DOW-UAP-D49, Launch Summary, Vandenberg AFB, 2000
Agency: Department of War
Incident date: 2/3/00
Page 54
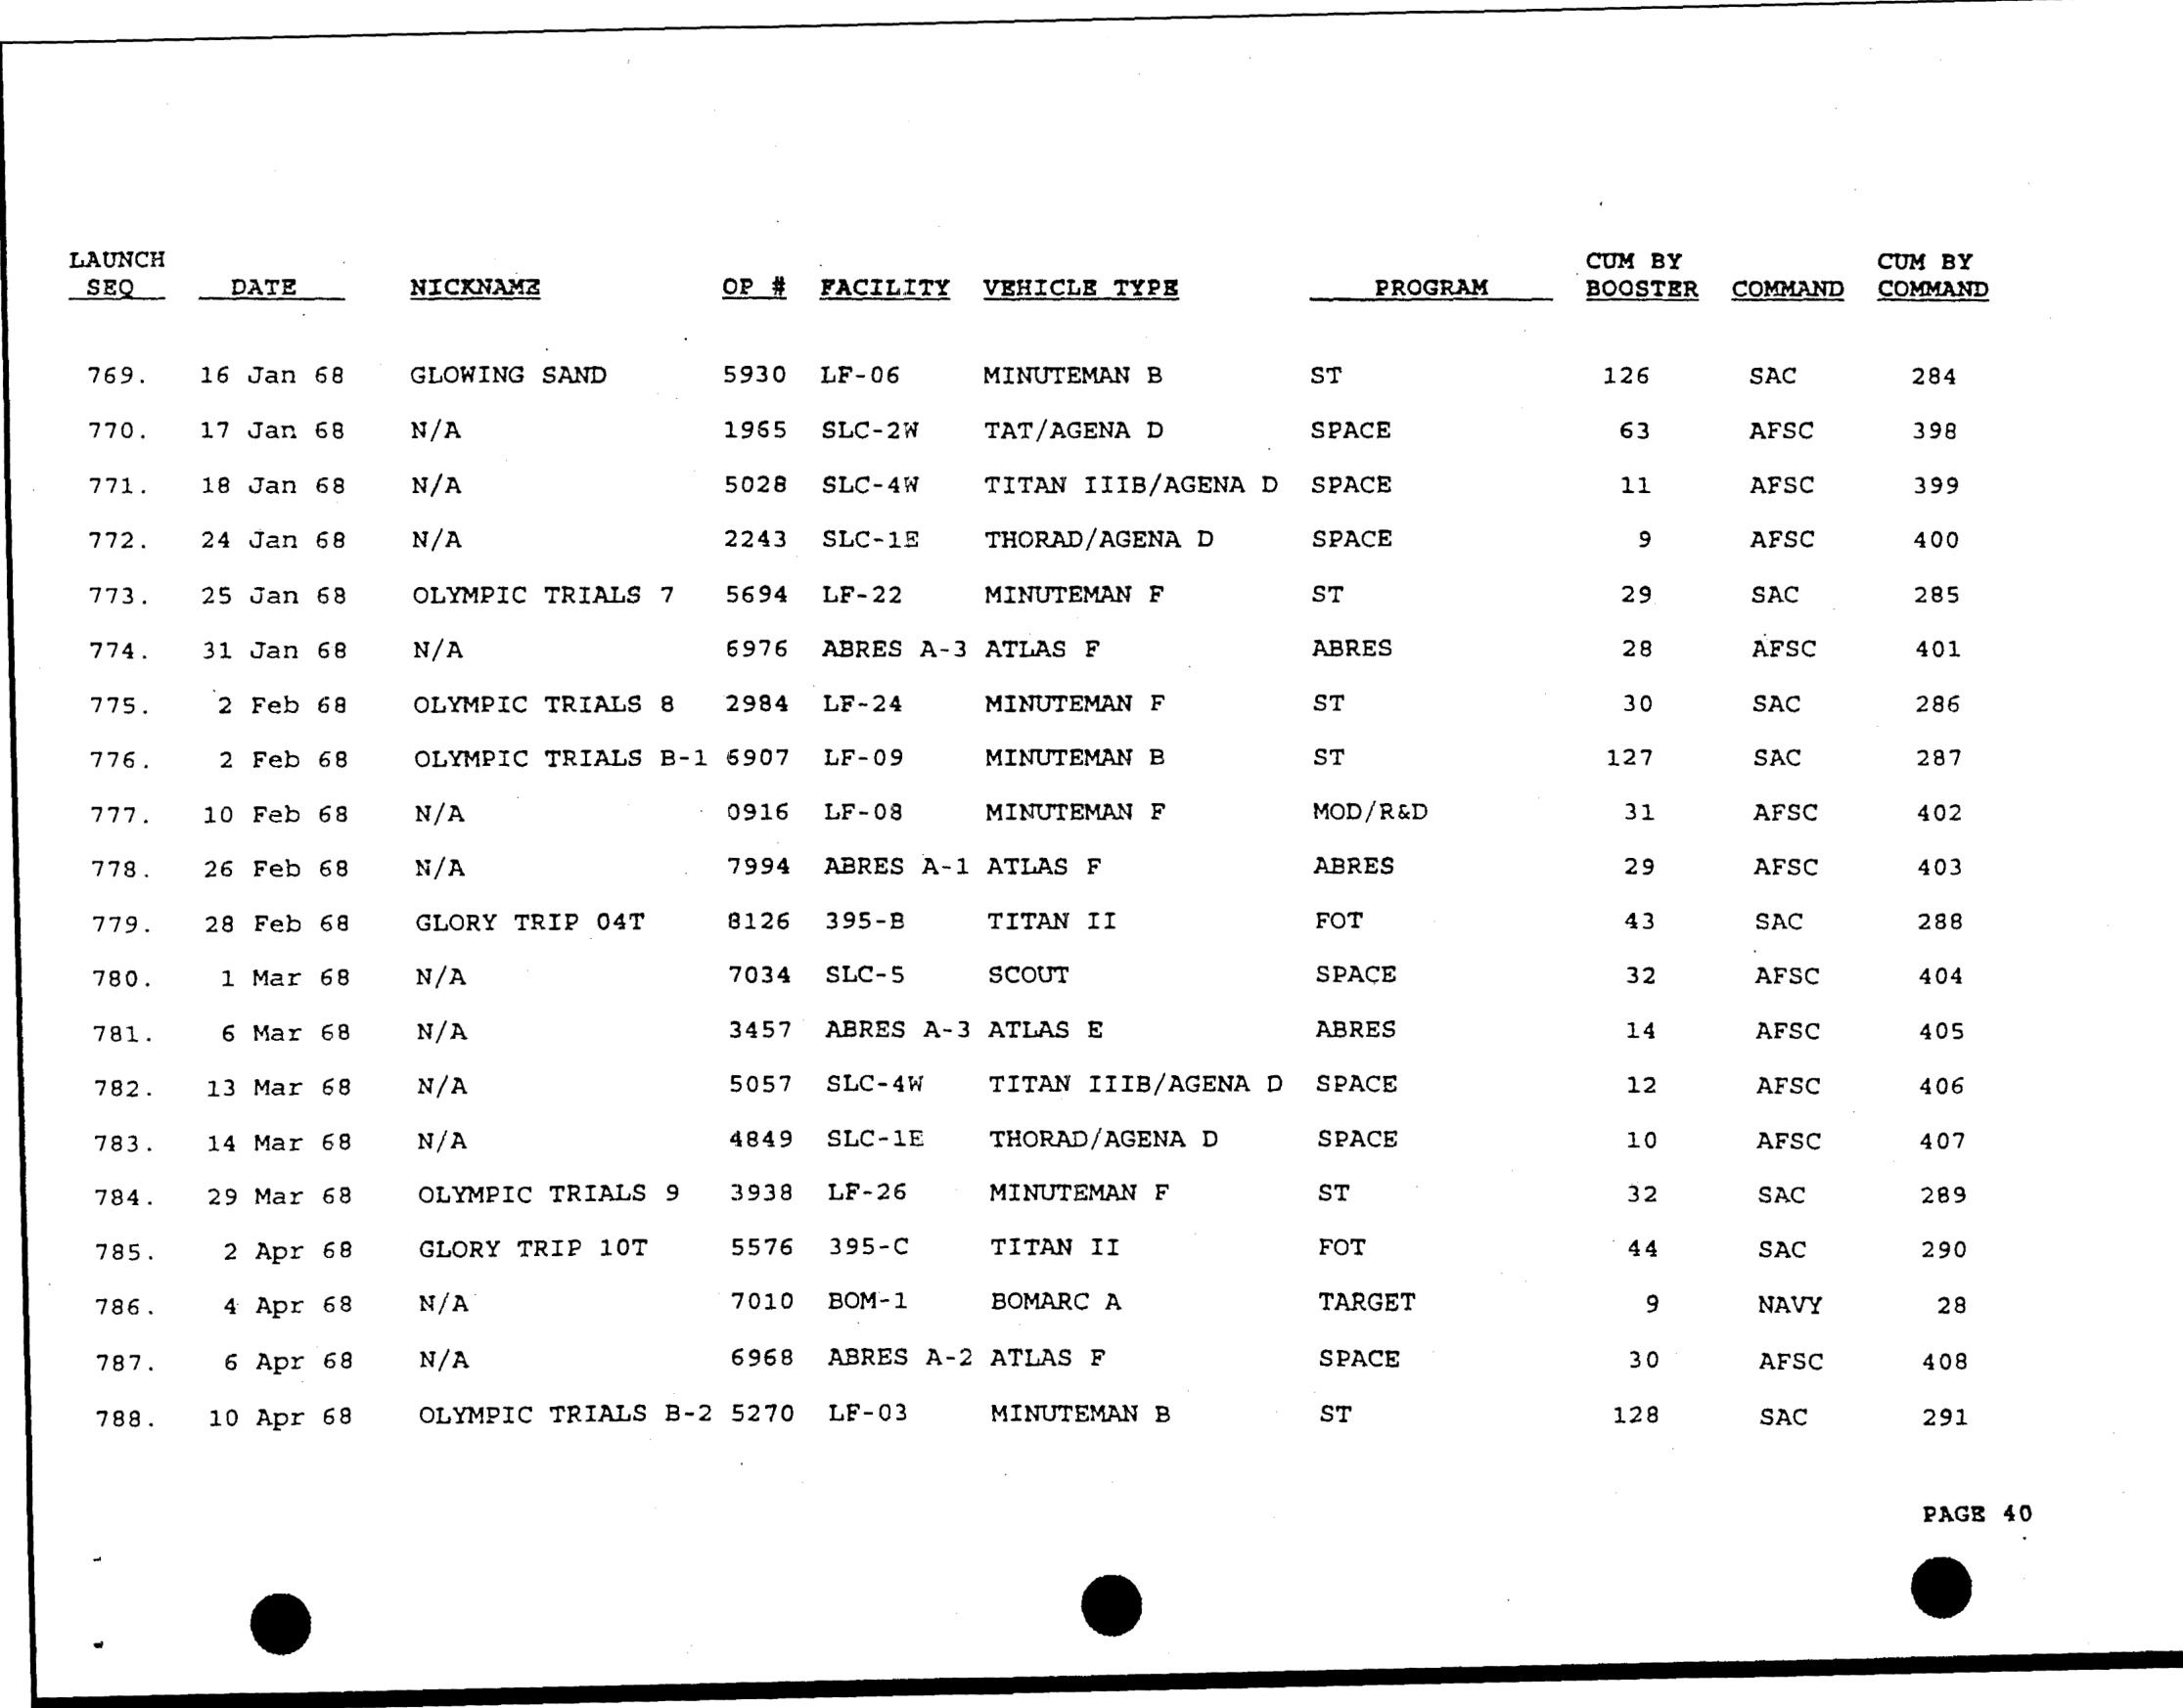